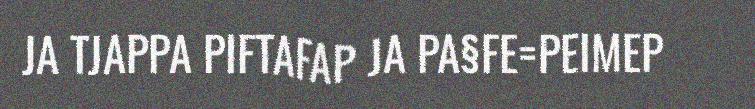
JA TJAPPA PIFTAFAP JA PA§FE=PEIMEP